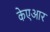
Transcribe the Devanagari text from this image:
केएआर